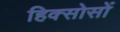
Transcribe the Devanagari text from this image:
हिक्सोसों